Scottish Certificate of Education, 1962
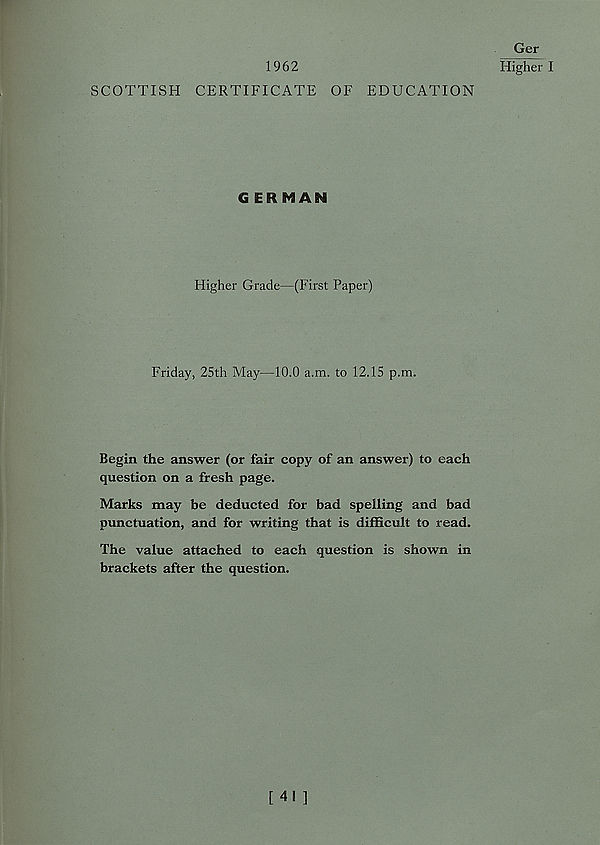
Ger
1962
HiP^I
SCOTTISH CERTIFICATE OF EDUCATION
GERMAN
Higher Grade—(First Paper)
Friday, 25th May—10.0 a.m. to 12.15 p.m.
Begin the answer (or fair copy of an answer) to each
question on a fresh page.
Marks may be deducted for bad spelling and bad
punctuation, and for writing that is difficult to read.
The value attached to each question is shown in
brackets after the question.
[ 4! ]